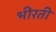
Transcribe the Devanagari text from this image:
भीरती